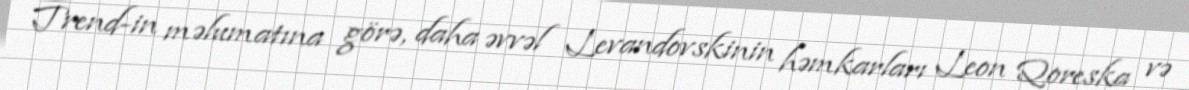
Trend-in məlumatına görə, daha əvvəl Levandovskinin həmkarları Leon Qoreska və